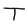
Character: T